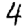
Digit: 4